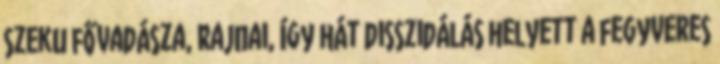
szeku fővadásza, Rajnai, így hát disszidálás helyett a fegyveres